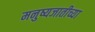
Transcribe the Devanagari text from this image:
मनुष्यजातीच्या